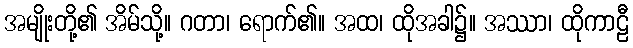
အမျိုးတို့၏ အိမ်သို့။ ဂတာ၊ ရောက်၏။ အထ၊ ထိုအခါ၌။ အဿာ၊ ထိုကာဠီ